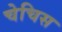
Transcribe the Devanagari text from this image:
चेचिस